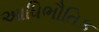
આધિભૌતિક